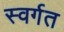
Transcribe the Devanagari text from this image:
स्वर्गत